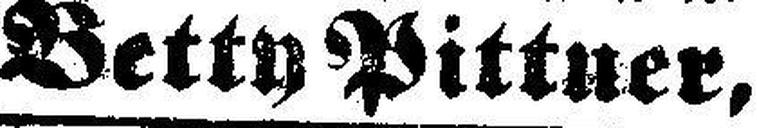
Betty Pittner,